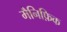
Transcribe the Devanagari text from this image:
मैनिफ़िक